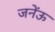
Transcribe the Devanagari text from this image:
जनेंऊ